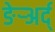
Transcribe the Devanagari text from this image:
ङेर्‍अर्द्